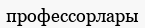
профессорлары